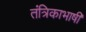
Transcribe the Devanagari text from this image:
तंत्रिकाभाषी